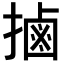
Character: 𢲸